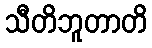
သီတိဘူတာတိ